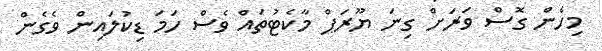
މިހެން ގޮސް ވަރަށް ގިނަ ޔޫރަޕް މާކެޓުތައް ވެސް ހަމަ ޑިކުލައިން ވެގެން